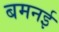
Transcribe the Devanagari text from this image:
बमनई